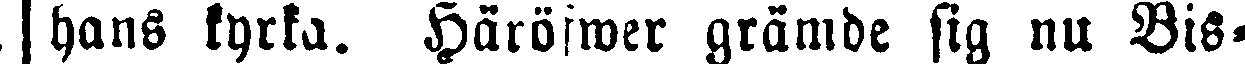
| hans kyrka. Häröfwer grämde sig nu Bis-